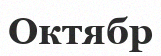
Октябр